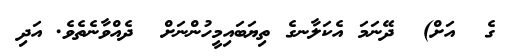
ގެ  އަށް)  ދޭނަމަ އެކަލާނގެ ތިޔަބައިމީހުންނަށް  ދެއްވާނެތެވެ. އަދި